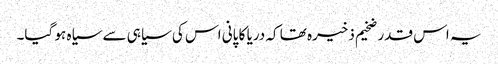
یہ اس قدر ضخیم ذخیرہ تھا کہ دریا کا پانی اس کی سیاہی سے سیاہ ہو گیا۔